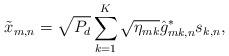
LaTeX: \begin{align*} \tilde{x}_{m,n} = \sqrt{P_d} \sum_{k=1}^{K} \sqrt{\eta_{mk}} \hat{g}_{mk,n}^* s_{k,n},\end{align*}